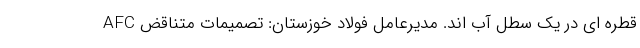
قطره ای در یک سطل آب اند. مدیرعامل فولاد خوزستان: تصمیمات متناقض AFC